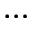
\cdots